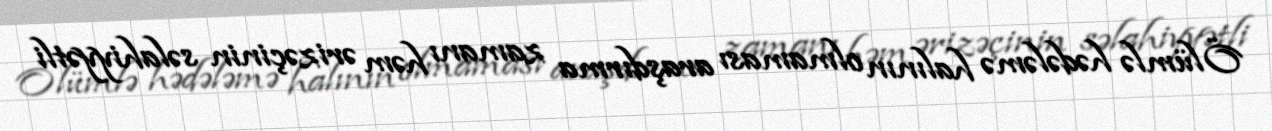
Ölümlə hədələmə halının olmaması araşdırma zamanı həm ərizəçinin səlahiyyətli